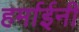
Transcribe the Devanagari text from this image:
हर्माईनी